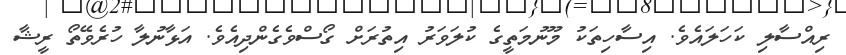
ރިއްސާލި ކަހަލައެވެ. އިސާހިތަކު މޫނުމަތީީގެ ކުލަވަރު އިތުރަށް ގޯސްވެގެންދިއެވެ. އަޅާނުލާ ހުރެވޭތޯ ރީޝާ